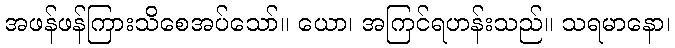
အဖန်ဖန်ကြားသိစေအပ်သော်။ ယော၊ အကြင်ရဟန်းသည်။ သရမာနော၊